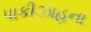
પાકીઝાહના